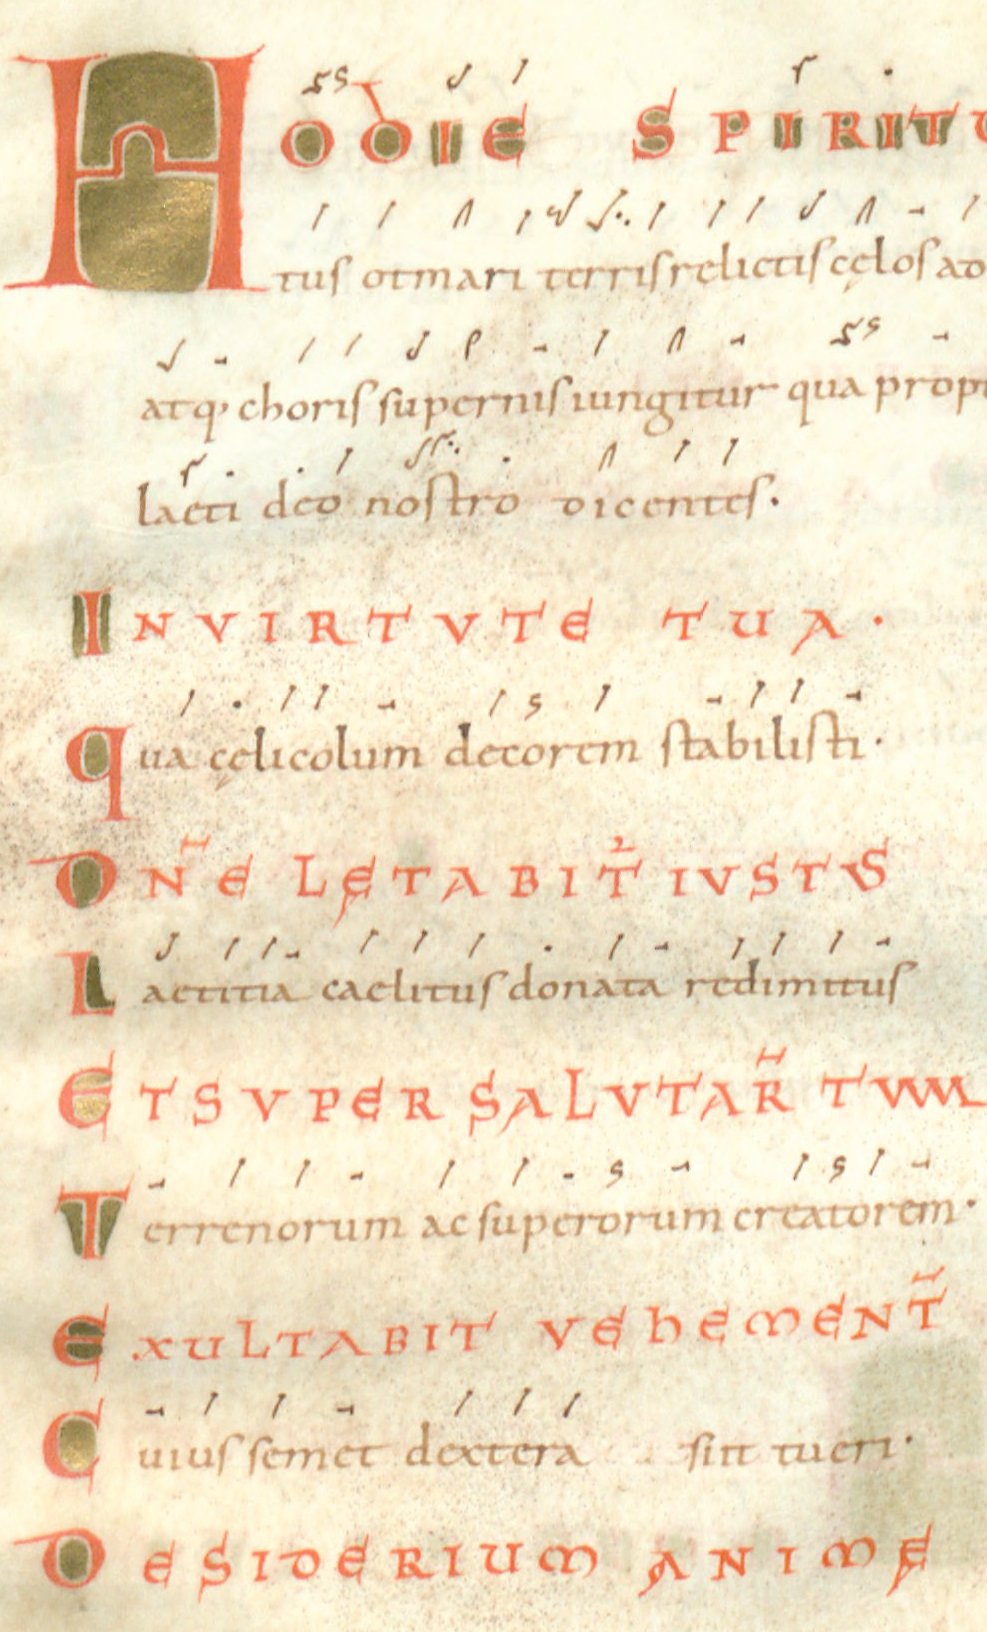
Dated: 1024–1027